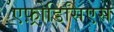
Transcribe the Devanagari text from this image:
एफ़्रोडिसिएस